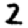
Digit: 2